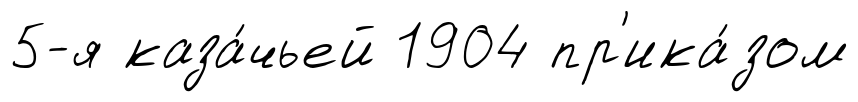
5-я каза́чьей 1904 пр'ика́зом